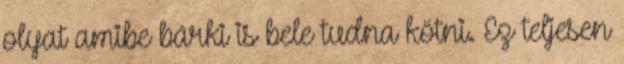
olyat amibe bárki is bele tudna kötni. Ez teljesen